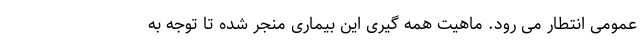
عمومی انتطار می رود. ماهیت همه گیری این بیماری منجر شده تا توجه به